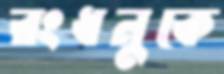
রংধনুকে